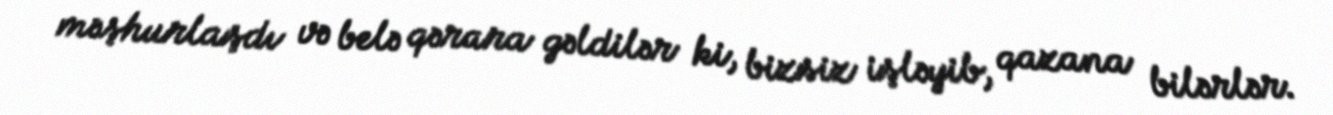
məşhurlaşdı və belə qərara gəldilər ki, bizsiz işləyib, qazana bilərlər.